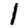
Digit: 1